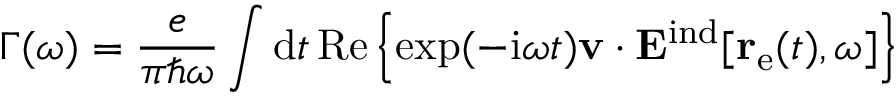
\Gamma ( \omega ) = \frac { e } { \pi \hbar \omega } \int \mathrm { d } t \, \mathrm { R e } \left\{ \exp ( - \mathrm { i } \omega t ) \mathbf { v } \cdot \mathbf { E } ^ { \mathrm { i n d } } [ \mathbf { r } _ { \mathrm { e } } ( t ) , \omega ] \right\}